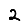
Digit: 2